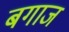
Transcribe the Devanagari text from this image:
बगाज